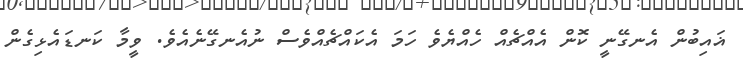
ޣައިބުން އެނގޭނީ ކޮން އެއްޗެއް ހެއްޔެވެ ހަމަ އެކައްޗެއްވެސް ނުއެނގޭނެއެވެ. ވީމާ ކަނޑައެޅިގެން